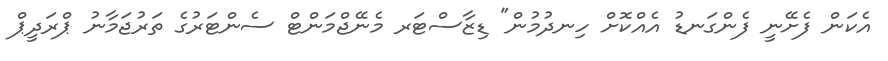
އެކަން ފެށޭނީ ފެންގަނޑު އެއްކޮށް ހިނދުމުން" ޑިޒާސްޓަރ މެނޭޖްމަންޓް ސެންޓަރުގެ ތަރުޖަމާނު ޕްރަދީޕް